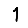
Digit: 1